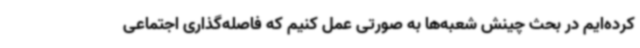
کرده‌ایم در بحث چینش شعبه‌ها به صورتی عمل کنیم که فاصله‌گذاری اجتماعی